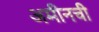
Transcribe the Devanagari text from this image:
अमीनची